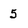
Character: 5